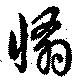
翛